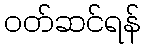
ဝတ်ဆင်ရန်